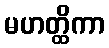
မဟတ္ထိကာ